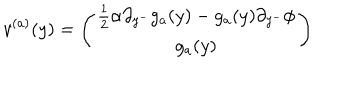
v ^ { ( a ) } ( y ) = \left( \begin{array} { c } { { { \frac { 1 } { 2 } } \alpha \partial _ { y ^ { - } } g _ { a } ( y ) - g _ { a } ( y ) \partial _ { y ^ { - } } \phi } } \\ { { g _ { a } ( y ) } } \\ \end{array} \right)